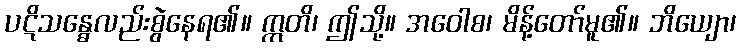
ပဋိသန္ဓေလည်းစွဲနေရ၏။ ဣတိ၊ ဤသို့။ အဝေါစ၊ မိန့်တော်မူ၏။ ဘိယျော၊